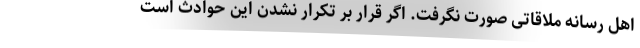
اهل رسانه ملاقاتی صورت نگرفت. اگر قرار بر تکرار نشدن این حوادث است